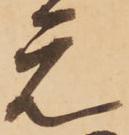
元